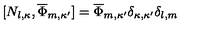
[ N _ { l , \kappa } , \overline { { \Phi } } _ { m , \kappa ^ { \prime } } ] = \overline { { \Phi } } _ { m , \kappa ^ { \prime } } \delta _ { \kappa , \kappa ^ { \prime } } \delta _ { l , m }